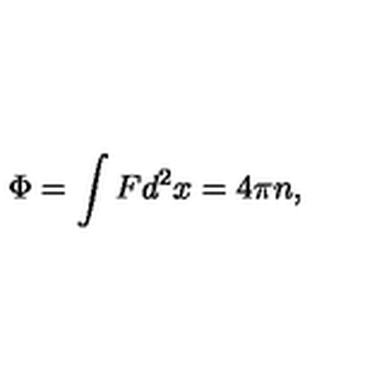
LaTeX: \Phi = \int F d ^ { 2 } x = 4 \pi n ,